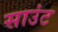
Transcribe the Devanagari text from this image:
साउंट